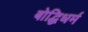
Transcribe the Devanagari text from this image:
बोद्धिधर्म